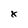
Character: x